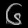
Digit: ၆